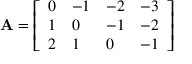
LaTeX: \mathbf { A } = { \left[ \begin{array} { l l l l } { 0 } & { - 1 } & { - 2 } & { - 3 } \\ { 1 } & { 0 } & { - 1 } & { - 2 } \\ { 2 } & { 1 } & { 0 } & { - 1 } \end{array} \right] }